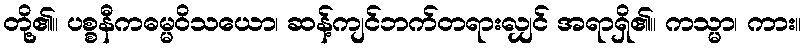
တို့၏။ ပစ္စနီကဓမ္မဝိသယော၊ ဆန့်ကျင်ဘက်တရားလျှင် အရာရှိ၏။ ကသ္မာ၊ ကား။